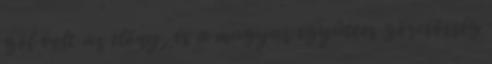
gól volt az előny, és a magyar együttes görcsösség